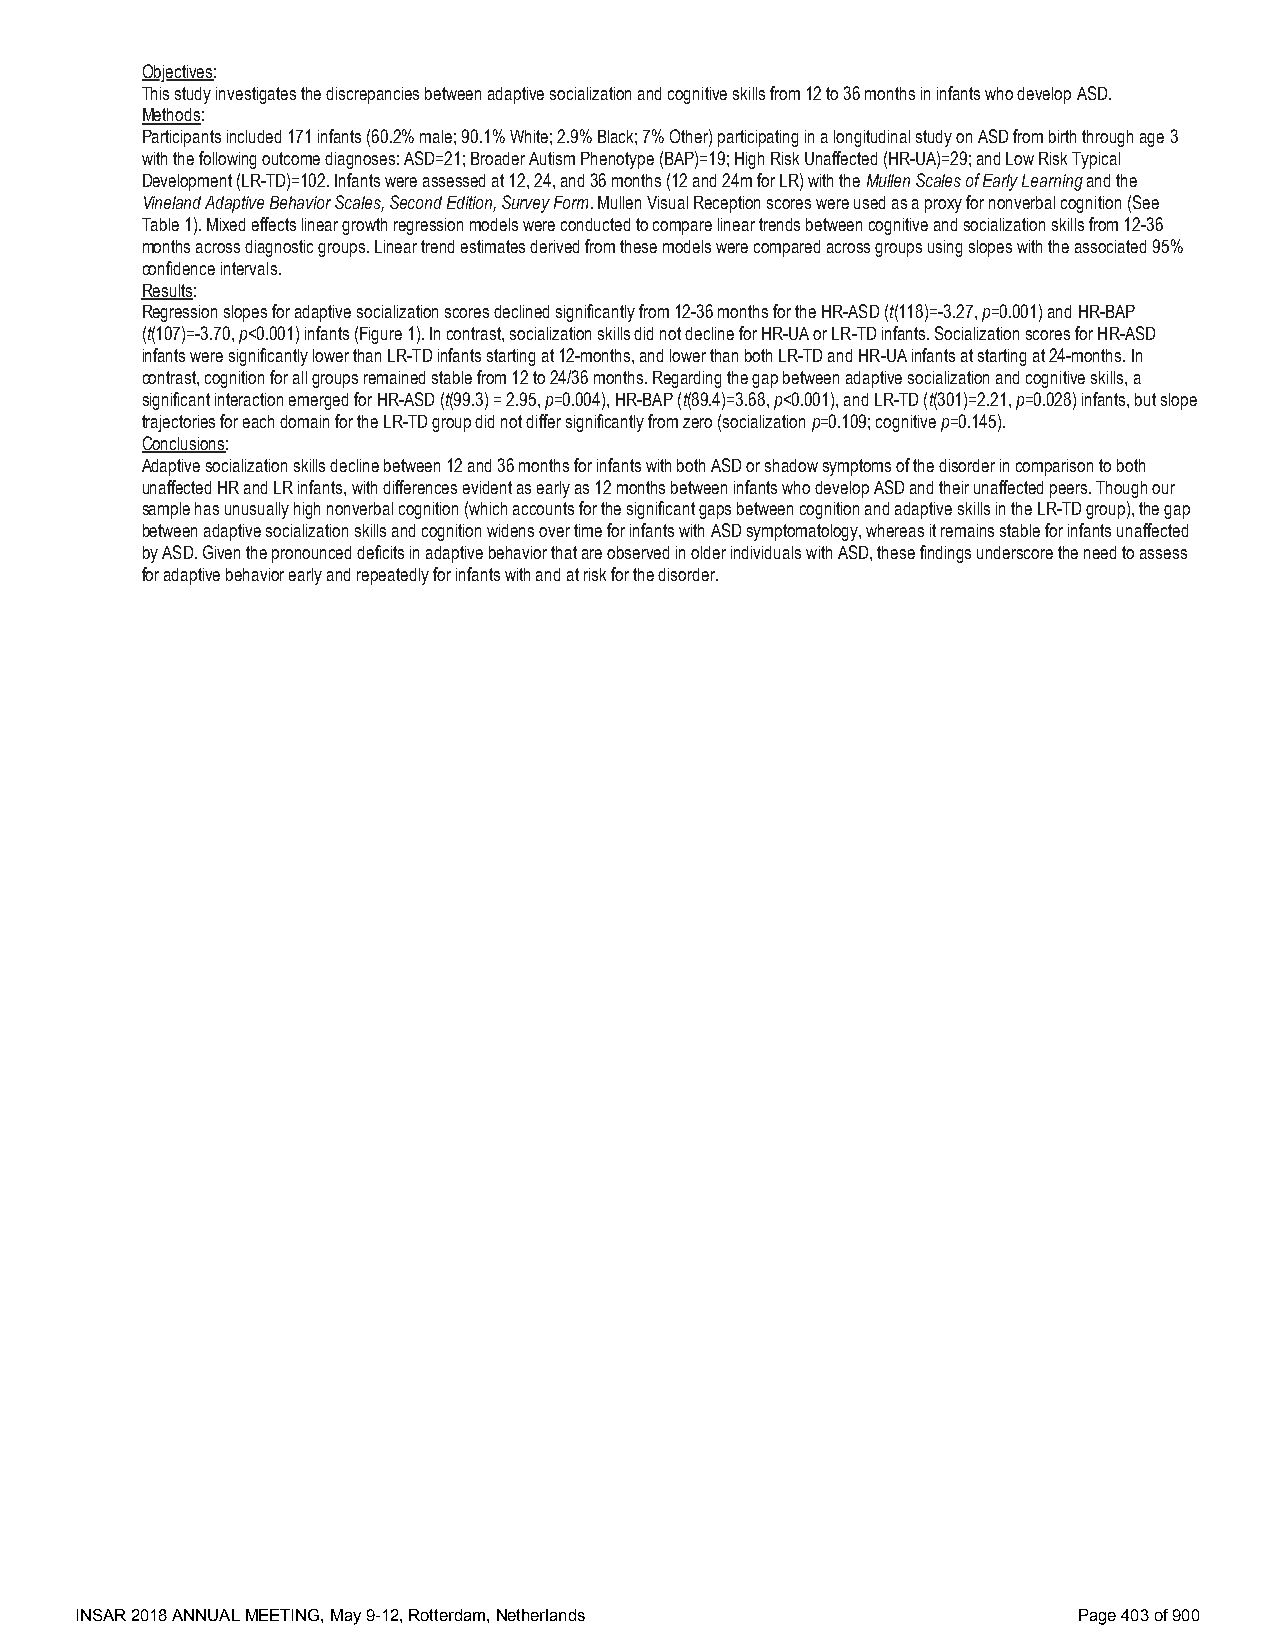
Objectives:
 This study investigates the discrepancies between adaptive socialization and cognitive skills from 12 to 36 months in infants who develop ASD.
 Methods:
 Participants included 171 infants (60.2% male; 90.1% White; 2.9% Black; 7% Other) participating in a longitudinal study on ASD from birth through age 3
 with the following outcome diagnoses: ASD=21; Broader Autism Phenotype (BAP)=19; High Risk Unaffected (HR-UA)=29; and Low Risk Typical
 Development (LR-TD)=102. Infants were assessed at 12, 24, and 36 months (12 and 24m for LR) with the Mullen Scales of Early Learning and the
 Vineland Adaptive Behavior Scales, Second Edition, Survey Form. Mullen Visual Reception scores were used as a proxy for nonverbal cognition (See
 Table 1). Mixed effects linear growth regression models were conducted to compare linear trends between cognitive and socialization skills from 12-36
 months across diagnostic groups. Linear trend estimates derived from these models were compared across groups using slopes with the associated 95%
 confidence intervals.
 Results:
 Regression slopes for adaptive socialization scores declined significantly from 12-36 months for the HR-ASD (t(118)=-3.27, p=0.001) and HR-BAP
 (t(107)=-3.70, p<0.001) infants (Figure 1). In contrast, socialization skills did not decline for HR-UA or LR-TD infants. Socialization scores for HR-ASD
 infants were significantly lower than LR-TD infants starting at 12-months, and lower than both LR-TD and HR-UA infants at starting at 24-months. In
 contrast, cognition for all groups remained stable from 12 to 24/36 months. Regarding the gap between adaptive socialization and cognitive skills, a
 significant interaction emerged for HR-ASD (t(99.3) = 2.95, p=0.004), HR-BAP (t(89.4)=3.68, p<0.001), and LR-TD (t(301)=2.21, p=0.028) infants, but slope
 trajectories for each domain for the LR-TD group did not differ significantly from zero (socialization p=0.109; cognitive p=0.145).
 Conclusions:
 Adaptive socialization skills decline between 12 and 36 months for infants with both ASD or shadow symptoms of the disorder in comparison to both
 unaffected HR and LR infants, with differences evident as early as 12 months between infants who develop ASD and their unaffected peers. Though our
 sample has unusually high nonverbal cognition (which accounts for the significant gaps between cognition and adaptive skills in the LR-TD group), the gap
 between adaptive socialization skills and cognition widens over time for infants with ASD symptomatology, whereas it remains stable for infants unaffected
 by ASD. Given the pronounced deficits in adaptive behavior that are observed in older individuals with ASD, these findings underscore the need to assess
 for adaptive behavior early and repeatedly for infants with and at risk for the disorder.
 INSAR 2018 ANNUAL MEETING, May 9-12, Rotterdam, Netherlands       Page 403 of 900